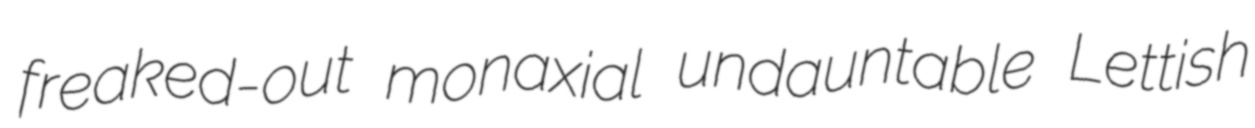
freaked-out monaxial undauntable Lettish